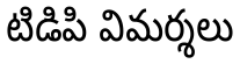
టిడిపి విమర్శలు